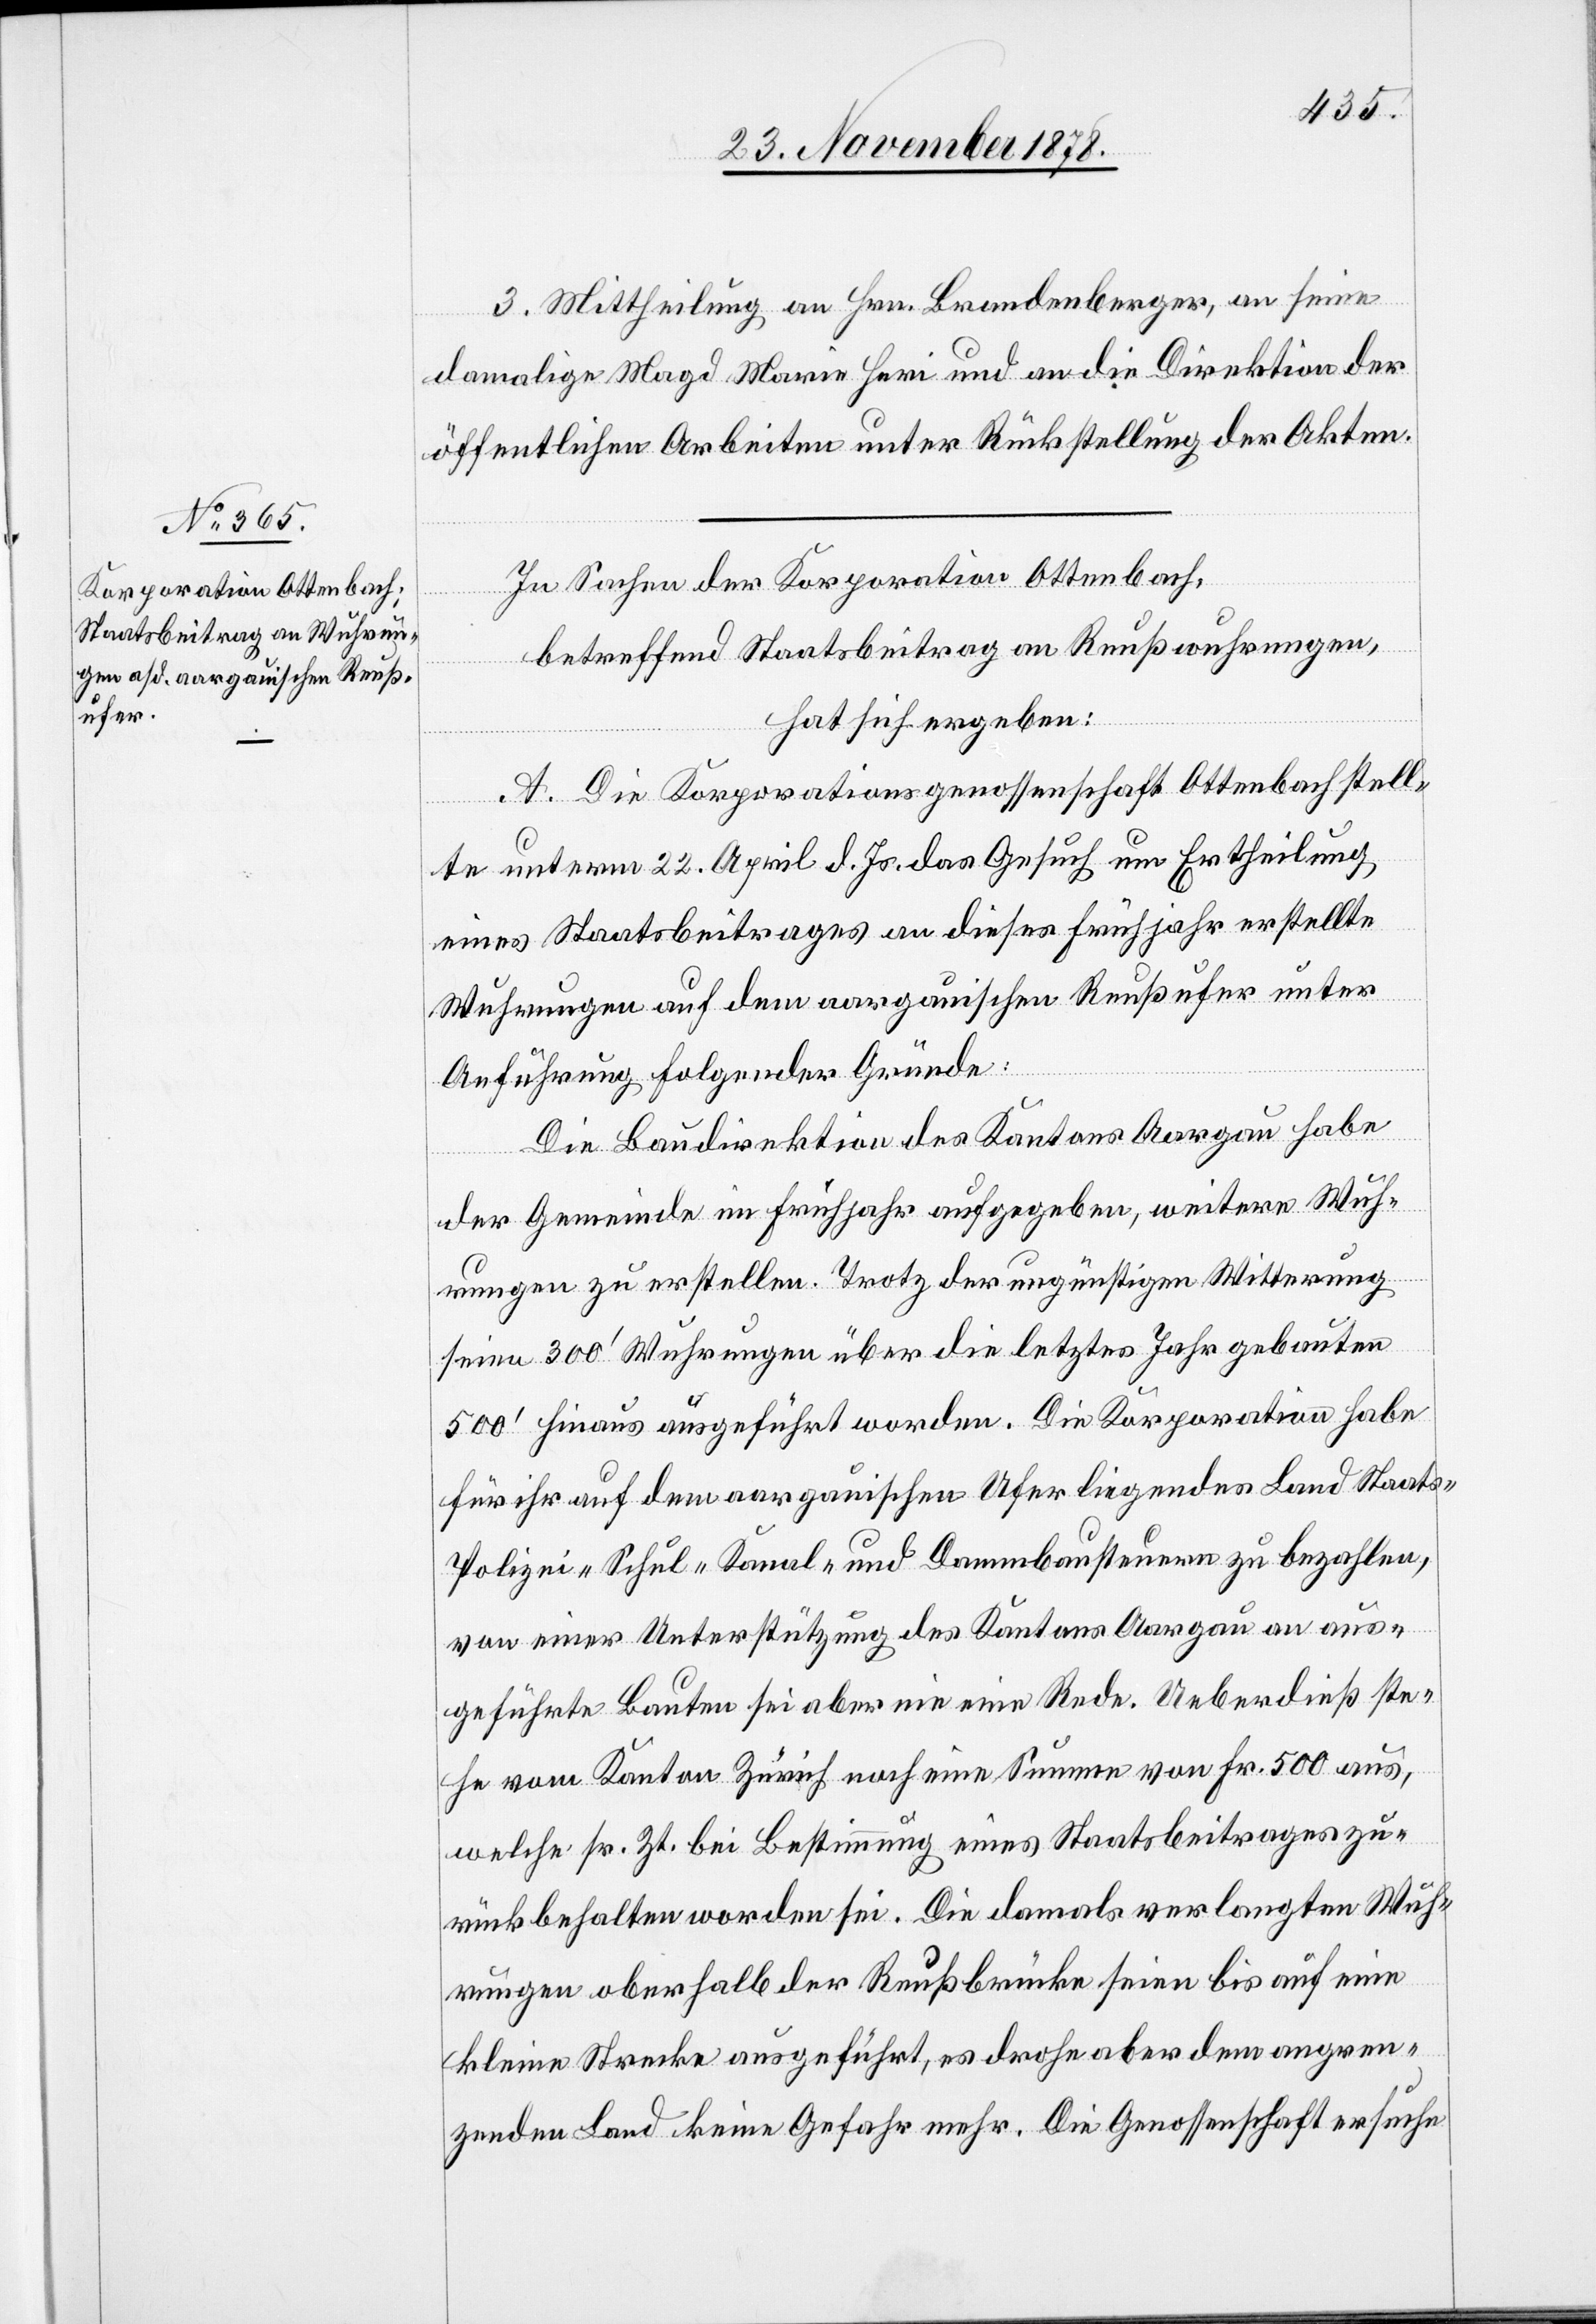
3. Mittheilung an Hrn. Brandenberger, an seine
Kor¬
damalige Magd Marie Heri und an die Direktion der
öffentlichen Arbeiten unter Rückstellung der Akten.
betreffend Staatsbeitrag an Reußwuhrungen,
hat sich ergeben:
A. Die Korporationsgenossenschaft Ottenbach stell¬
te unterm 22. April d. Js. das Gesuch um Ertheilung
eines Staatsbeitrages an dieses Frühjahr erstellte
Wuhrungen auf dem aargauischen Reußufer unter
Anführungen folgender Gründe:
Die Baudirektion des Kantons Aargau habe
poration
der Gemeinde im Frühjahr aufgegeben, weitere Wuh¬
In
rungen zu erstellen. Trotz der ungünstigen Witterung
seien 300’ Wuhrungen über die letztes Jahr gebauten
500’ hinaus ausgeführt worden. Die Koproration habe
für ihr auf dem aargauischen Ufer liegendes Land Staats-[,]
Polizei-[,] Schul-[,] Kanal- und Dammbausteuern zu bezahlen,
von einer Unterstützung des Kantons Aargau an aus¬
geführte Bauten sei aber nie eine Rede. Ueberdieß ste¬
he vom Kanton Zürich noch eine Summe von Fr. 500 aus,
welche sr. Zt. bei Bestimmung eines Staatsbeitrages zu¬
rückbehalten worden sei. Die damals verlangten Wuh¬
rungen oberhalb der Reußbrücke sieen bis auf eine
kleine Strecke ausgeführt, es drohe aber dem angren¬
zenden Land keine Gefahr mehr. Die Genossenschaft ersuche